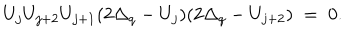
U _ { j } U _ { j + 2 } U _ { j + 1 } ( 2 \Delta _ { q } - U _ { j } ) ( 2 \Delta _ { q } - U _ { j + 2 } ) \; = \; 0 .